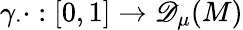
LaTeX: \gamma_{\cdot}\cdot:[0,1]\to{\mathscr{D}_{\mu}(M)}